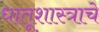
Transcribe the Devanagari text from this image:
धातूशास्त्राचे